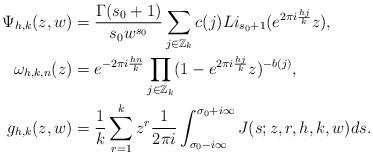
LaTeX: \begin{align*}\Psi_{h,k}(z,w) &=\frac{\Gamma(s_0+1)}{s_0 w^{s_0}}\sum_{j\in \mathbb{Z}_k}c(j)Li_{s_0+1}(e^{2\pi i \frac{hj}{k}}z), \\\omega_{h,k,n}(z)&=e^{-2\pi i \frac{hn}{k}} \prod_{j\in \mathbb{Z}_k}(1-e^{2\pi i \frac{hj}{k}}z)^{-b(j)},\\g_{h,k}(z,w)&=\frac{1}{k}\sum_{r=1}^{k} z^r \frac{1}{2\pi i} \int_{\sigma_0-i\infty}^{\sigma_0+i\infty} J(s;z,r,h,k,w) ds. \end{align*}